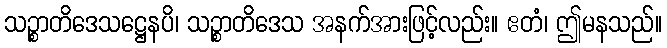
သဉ္စာတိဒေသဋ္ဌေနပိ၊ သဉ္စာတိဒေသ အနက်အားဖြင့်လည်း။ ဧတံ၊ ဤမနသည်။